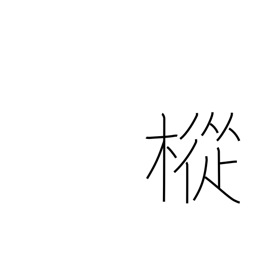
Meaning: fir